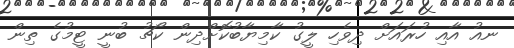
ނއު އާއި ހުރައަށް ދިވެހި ލީގު ކާމިޔާބުކޮށްދިން ކޯޗު ބުނީ ޓީމުގެ ތިން